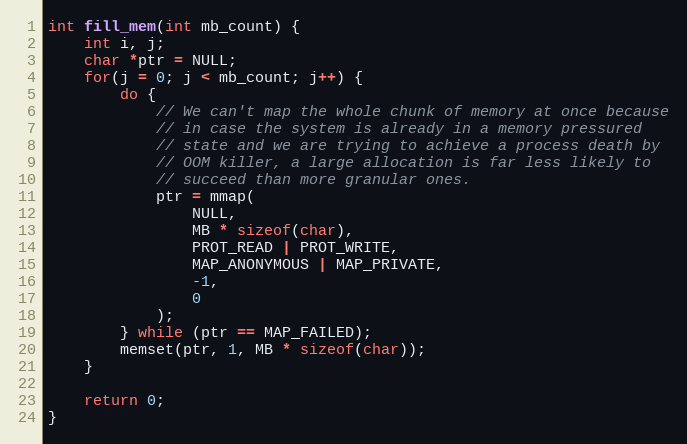
Language: C
int fill_mem(int mb_count) {
    int i, j;
    char *ptr = NULL;
    for(j = 0; j < mb_count; j++) {
        do {
            // We can't map the whole chunk of memory at once because
            // in case the system is already in a memory pressured
            // state and we are trying to achieve a process death by
            // OOM killer, a large allocation is far less likely to
            // succeed than more granular ones.
            ptr = mmap(
                NULL,
                MB * sizeof(char),
                PROT_READ | PROT_WRITE,
                MAP_ANONYMOUS | MAP_PRIVATE,
                -1,
                0
            );
        } while (ptr == MAP_FAILED);
        memset(ptr, 1, MB * sizeof(char));
    }

    return 0;
}